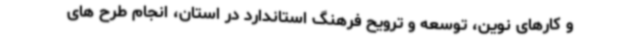
و کارهای نوین، توسعه و ترویح فرهنگ استاندارد در استان، انجام طرح های